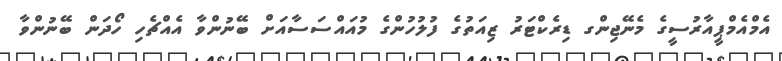
އެމްއެމްޕީއާރުސީގެ މެނޭޖިންގ ޑިރެކްޓަރު ޒިއަތުގެ ފުލުހުންގެ މުއައްސަސާއަށް ބޭނުންވާ އެއްޗެހި ހޯދަން ބޭނުންވާ